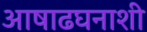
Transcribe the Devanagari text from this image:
आषाढघनाशी